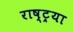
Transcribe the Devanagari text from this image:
राष्ट्रया